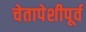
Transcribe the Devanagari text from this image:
चेतापेशीपूर्व